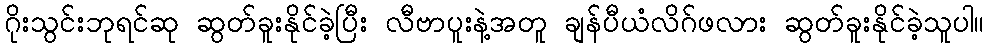
ဂိုးသွင်းဘုရင်ဆု ဆွတ်ခူးနိုင်ခဲ့ပြီး လီဗာပူးနဲ့အတူ ချန်ပီယံလိဂ်ဖလား ဆွတ်ခူးနိုင်ခဲ့သူပါ။